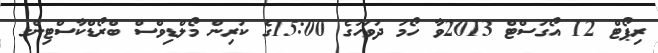
ރިޕޯޓް 12 އޯގަސްޓް 2013ވާ ހޯމަ ދުވަހުގެ 15:00ގެ ކުރިން މޯލްޑިވްސް ބްރޯޑްކާސްޓިންގ